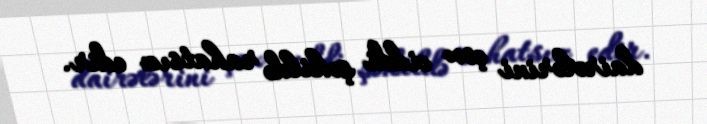
dairələrini çox ciddi şəkildə rahatsız edir.